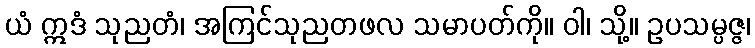
ယံ ဣဒံ သုညတံ၊ အကြင်သုညတဖလ သမာပတ်ကို။ ဝါ၊ သို့။ ဥပသမ္ပဇ္ဇ၊